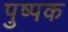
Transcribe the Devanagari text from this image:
पुष्‍पक